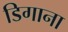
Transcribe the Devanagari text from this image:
डिगाना